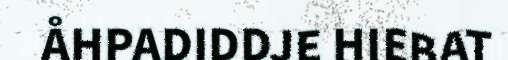
ÅHPADIDDJE HIEBAT